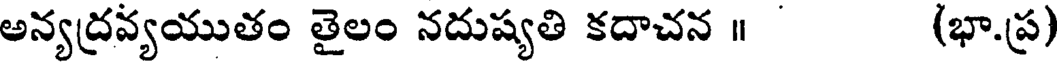
అన్యద్రవ్యయుతం తైలం నదుష్యతి కదాచన ॥ (భా.ప్ర)